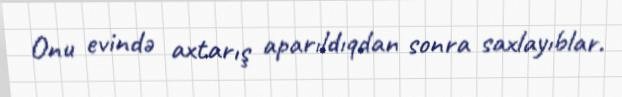
Onu evində axtarış aparıldıqdan sonra saxlayıblar.